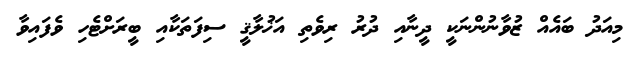
މިއަދު ބައެއް ޒުވާނުންނަކީ ދީނާއި ދުރު ރިވެތި އަޚުލާޤީ ސިފަތަކާއި ބީރަށްޓެހި ވެފައިވާ